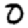
Digit: 0